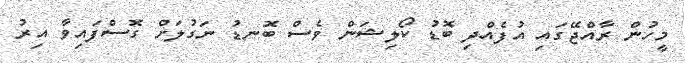
މީހުން ރާއްޖޭގައި އުފެއްދި ބޮޑު ކޯލިޝަން ވެސް ބޮނޑު ނަގުލަށް ގޮސްފައިވާ އިރު